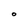
Character: O